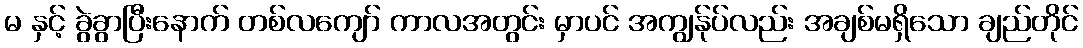
မ နှင့် ခွဲခွာပြီးနောက် တစ်လကျော် ကာလအတွင်း မှာပင် အကျွန်ုပ်လည်း အချစ်မရှိသော ချည်တိုင်